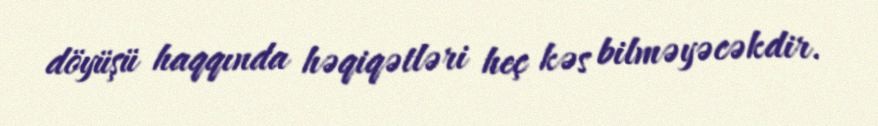
döyüşü haqqında həqiqətləri heç kəs bilməyəcəkdir.